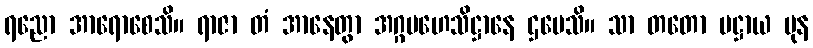
ရညော အာရောစေသိ။ ရာဇာ တံ အာနေတွာ အဂ္ဂမဟေသိဋ္ဌာနေ ဌပေသိ။ သာ တတော ပဋ္ဌာယ ပုန